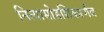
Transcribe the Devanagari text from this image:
नित्यासोडशिकार्णव